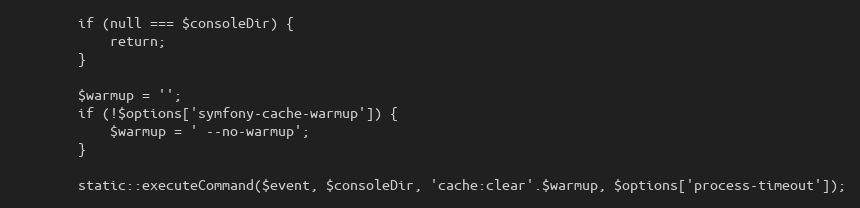
Language: PHP
        if (null === $consoleDir) {
            return;
        }

        $warmup = '';
        if (!$options['symfony-cache-warmup']) {
            $warmup = ' --no-warmup';
        }

        static::executeCommand($event, $consoleDir, 'cache:clear'.$warmup, $options['process-timeout']);